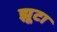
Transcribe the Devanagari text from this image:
झूटा